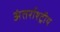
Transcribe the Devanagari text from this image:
अंतर्राश्ट्रीय